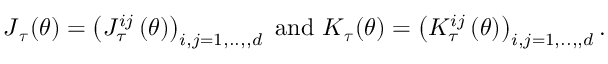
\boldsymbol { J } _ { \boldsymbol { \tau } } ( \boldsymbol { \theta } ) = \left( J _ { \tau } ^ { i j } \left( \boldsymbol { \theta } \right) \right) _ { i , j = 1 , . . , , d } \mathrm { ~ a n d ~ } \boldsymbol { K } _ { \boldsymbol { \tau } } ( \boldsymbol { \theta } ) = \left( K _ { \tau } ^ { i j } \left( \boldsymbol { \theta } \right) \right) _ { i , j = 1 , . . , , d } .